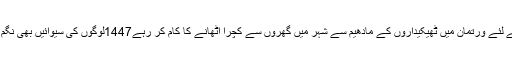
اسکے لئے ورتمان میں ٹھیکیداروں کے مادھیم سے شہر میں گھروں سے کچرا اٹھانے کا کام کر رہے1447لوگوں کی سیوائیں بھی نگم لیگا۔